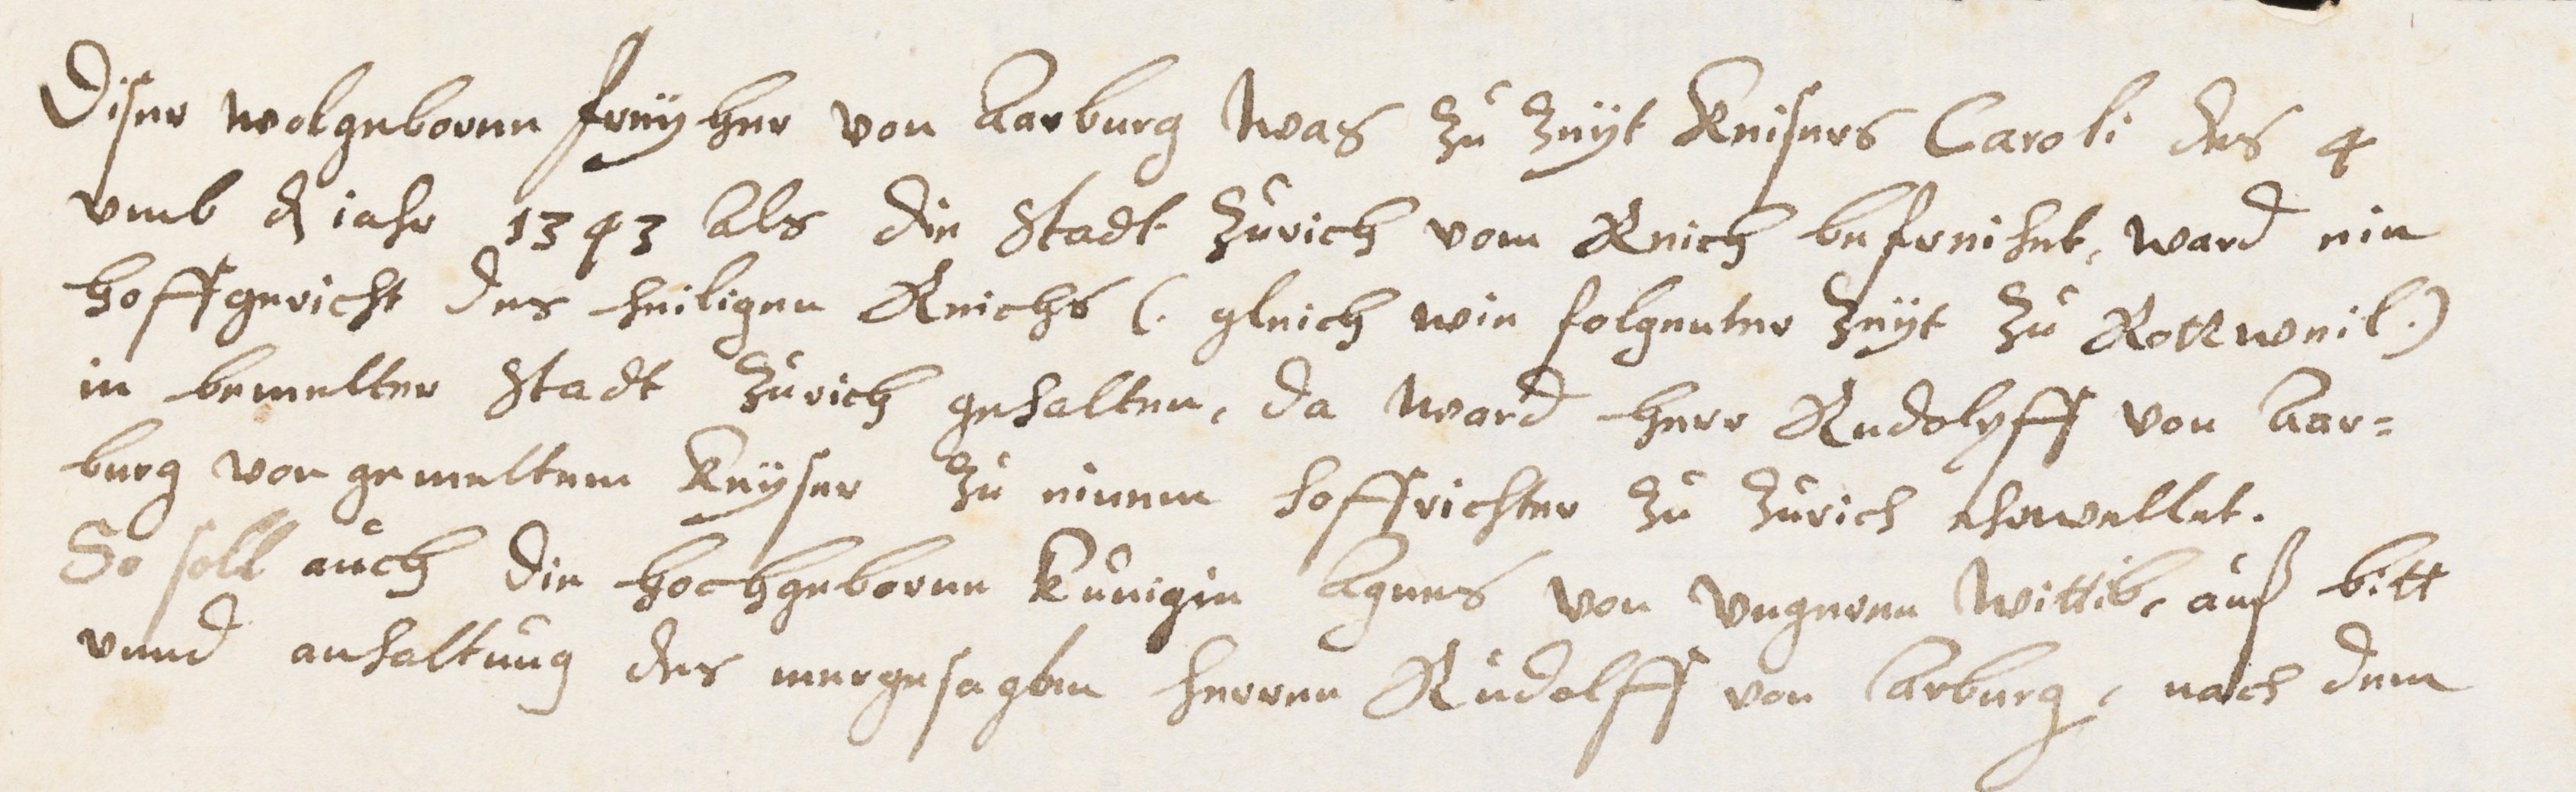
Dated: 1629–1659